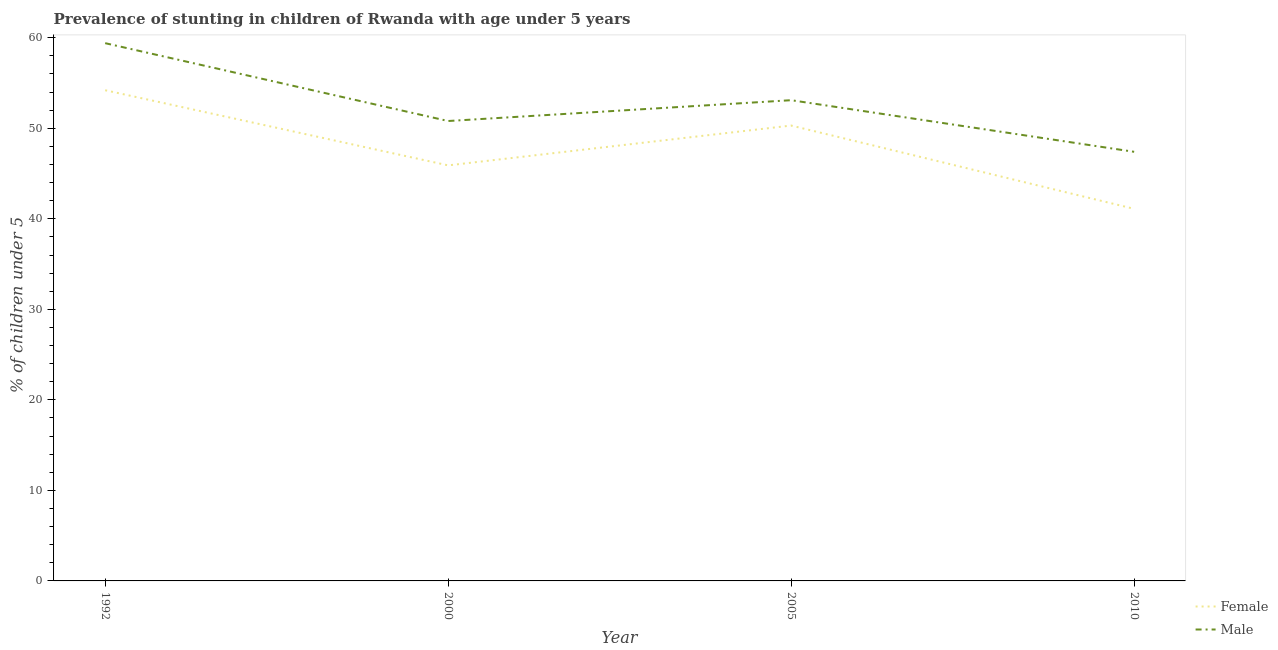
| Year | Female | Male |
 | --- | --- | --- |
 | 1992 | 54.2 | 59.4 |
 | 2000 | 45.9 | 50.8 |
 | 2005 | 50.3 | 53.1 |
 | 2010 | 41.1 | 47.4 |